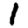
Digit: 1